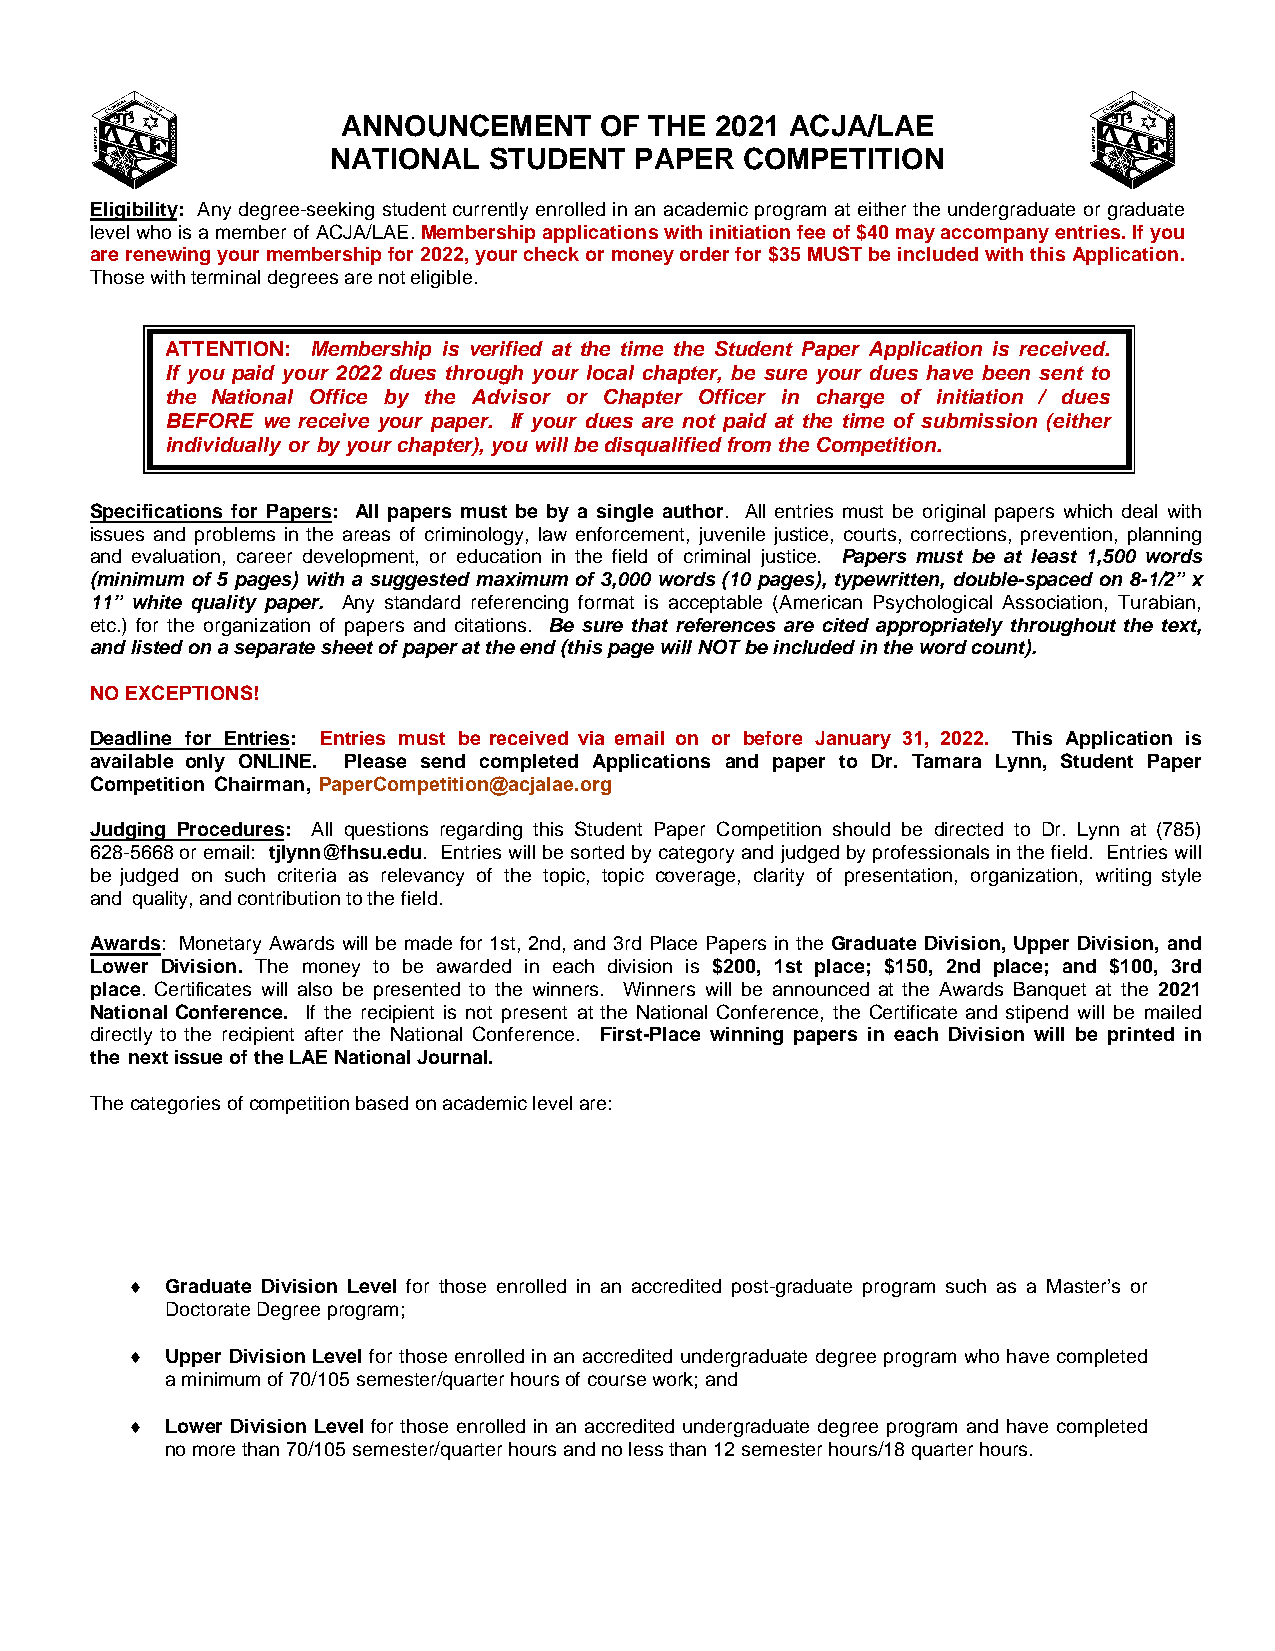
ANNOUNCEMENT     OF THE 2021 ACJA/LAE
 NATIONAL  STUDENT   PAPER  COMPETITION
 Eligibility: Any degree-seeking student currently enrolled in an academic program at either the undergraduate or graduate
 level who is a member of ACJA/LAE. Membership applications with initiation fee of $40 may accompany entries. If you
 are renewing your membership for 2022, your check or money order for $35 MUST be included with this Application.
 Those with terminal degrees are not eligible.
 ATTENTION: Membership is verified at the time the Student Paper Application is received.
 If you paid your 2022 dues through your local chapter, be sure your dues have been sent to
 the National Office by the Advisor or Chapter Officer in charge of initiation / dues
 BEFORE we receive your paper. If your dues are not paid at the time of submission (either
 individually or by your chapter), you will be disqualified from the Competition.
 Specifications for Papers: All papers must be by a single author. All entries must be original papers which deal with
 issues and problems in the areas of criminology, law enforcement, juvenile justice, courts, corrections, prevention, planning
 and evaluation, career development, or education in the field of criminal justice. Papers must be at least 1,500 words
 (minimum of 5 pages) with a suggested maximum of 3,000 words (10 pages), typewritten, double-spaced on 8-1/2” x
 11” white quality paper. Any standard referencing format is acceptable (American Psychological Association, Turabian,
 etc.) for the organization of papers and citations. Be sure that references are cited appropriately throughout the text,
 and listed on a separate sheet of paper at the end (this page will NOT be included in the word count).
 NO EXCEPTIONS!
 Deadline for Entries: Entries must be received via email on or before January 31, 2022. This Application is
 available only ONLINE. Please send completed Applications and paper to Dr. Tamara Lynn, Student Paper
 Competition Chairman, PaperCompetition@acjalae.org
 Judging Procedures: All questions regarding this Student Paper Competition should be directed to Dr. Lynn at (785)
 628-5668 or email: tjlynn@fhsu.edu. Entries will be sorted by category and judged by professionals in the field. Entries will
 be judged on such criteria as relevancy of the topic, topic coverage, clarity of presentation, organization, writing style
 and quality, and contribution to the field.
 Awards: Monetary Awards will be made for 1st, 2nd, and 3rd Place Papers in the Graduate Division, Upper Division, and
 Lower Division. The money to be awarded in each division is $200, 1st place; $150, 2nd place; and $100, 3rd
 place. Certificates will also be presented to the winners. Winners will be announced at the Awards Banquet at the 2021
 National Conference. If the recipient is not present at the National Conference, the Certificate and stipend will be mailed
 directly to the recipient after the National Conference. First-Place winning papers in each Division will be printed in
 the next issue of the LAE National Journal.
 The categories of competition based on academic level are:
 ♦  Graduate Division Level for those enrolled in an accredited post-graduate program such as a Master’s or
 Doctorate Degree program;
 ♦  Upper Division Level for those enrolled in an accredited undergraduate degree program who have completed
 a minimum of 70/105 semester/quarter hours of course work; and
 ♦  Lower Division Level for those enrolled in an accredited undergraduate degree program and have completed
 no more than 70/105 semester/quarter hours and no less than 12 semester hours/18 quarter hours.